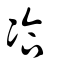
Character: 冾